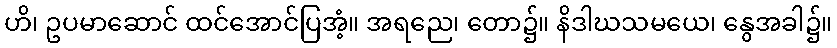
ဟိ၊ ဥပမာဆောင် ထင်အောင်ပြအံ့။ အရညေ၊ တော၌။ နိဒါဃသမယေ၊ နွေအခါ၌။